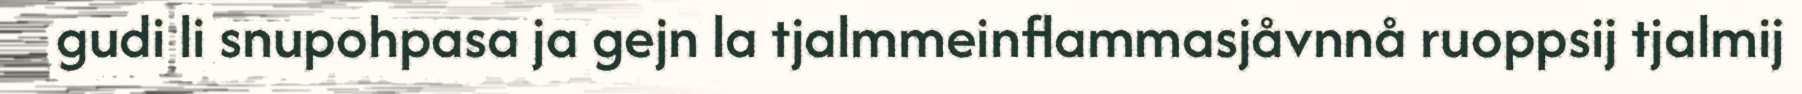
gudi li snupohpasa ja gejn la tjalmmeinflammasjåvnnå ruoppsij tjalmij